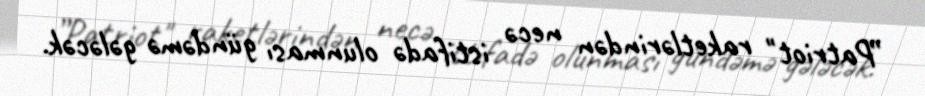
”Patriot" raketlərindən necə istifadə olunması gündəmə gələcək.